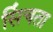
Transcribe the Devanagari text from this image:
सिंचता